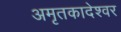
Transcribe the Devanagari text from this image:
अमृतकादेश्वर